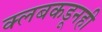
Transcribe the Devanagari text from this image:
क्लबकडूनही